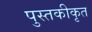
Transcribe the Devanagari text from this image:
पुस्तकीकृत